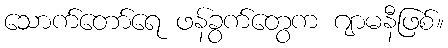
သောက်တော်ရေ ဖန်ခွက်တွေက ဂျာမနီဖြစ်။